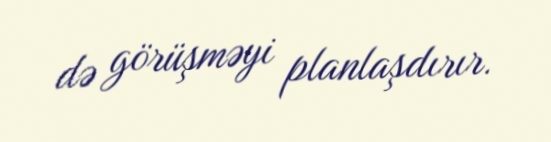
də görüşməyi planlaşdırır.